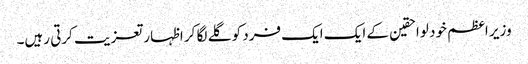
وزیر اعظم خود لواحقین کے ایک ایک فرد کو گلے لگا کر اظہار تعزیت کرتی رہیں۔